Report on vaccination for the Province of Oudh 1871 -
Year: 1871
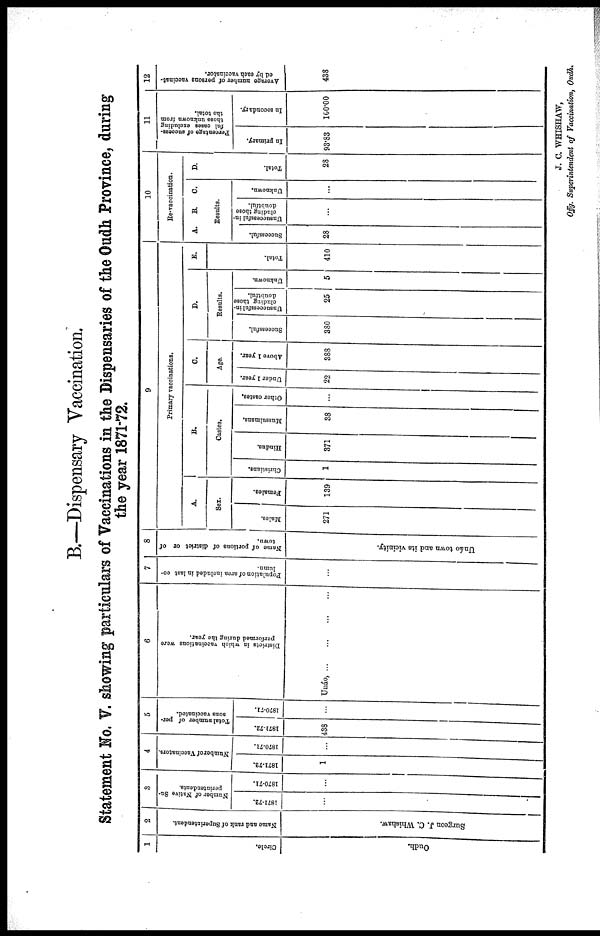
B.—Dispensary Vaccination.
Statement No. V. showing particulars of Vaccinations in the Dispensaries of the Oudh Province, during
the year 1871-72.
1
Circle.
Oudh.
2
Name and rank of Superintendent.
Surgeon J. C. Whishaw.
3
Number of Native Su-
perintendents.
1871-72.
...
1870-71.
...
4
Number of Vaccinators.
1871-72.
1
1870-71.
...
5
Total number of per-
sons vaccinated.
1871-72.
438
1870-71.
...
6
Districts in which vaccinations were
performed during the year.
Unáo,
...
...
...
...
7
Population of area included in last co-
lumn.
...
8
Name of portions of district or of
town.
Unáo town and its vicinity.
9
Primary vaccinations.
A.
Sex.
Males.
271
Females.
139
B.
Castes.
Christians.
1
Hindus.
371
Mussulmans.
38
Other castes.
...
C.
Age.
Under 1 year.
22
Above 1 year.
388
D.
Results.
Successful.
380
Unsuccessful in¬
cluding those
doubtful.
25
Unknown.
5
E.
Total.
410
10
Re-vaccination.
A.
B.
C.
Results.
Successful.
28
Unsuccessful in-
cluding those
doubtful.
...
Unknown.
...
D.
Total.
28
11
Percentage of success-
ful cases excluding
those unknown from
the total.
In primary.
93.83
In secondary.
100.00
12
Average number of persons vaccinat-
ed by each vaccinator.
438
J. C. WHISHAW,
Offg. Superintendent of Vaccination, Oudh.